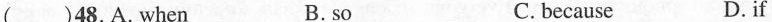
( )48. A.when B.so C.because D.if